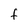
Character: f